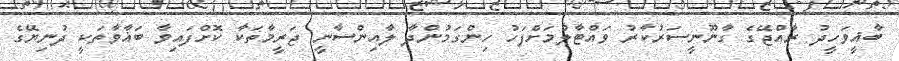
ބާޣީވަހީދު ރާއްޖޭގެ ގާނޫނީސަރުކާރު ވައްޓާލުމަށްފަހު ހިންގަމުންދާ ލާއިންސާނީ ޖަރީމާތަކާ ކޮށްފައިވާ ބަޣާވާތަކީ ދުނިޔޭގެ